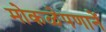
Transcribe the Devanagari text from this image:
मोकळेपणानें